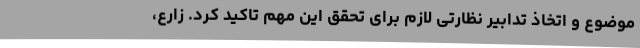
موضوع و اتخاذ تدابیر نظارتی لازم برای تحقق این مهم تاکید کرد. زارع،